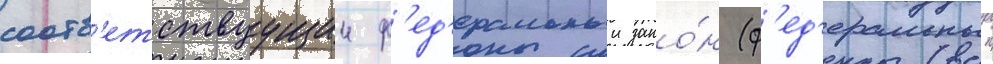
соотв'етствуущии ф'ед'еральныи зако́н (ф'ед'еральныи